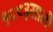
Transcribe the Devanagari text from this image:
१८८३साली